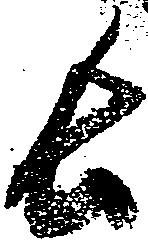
長